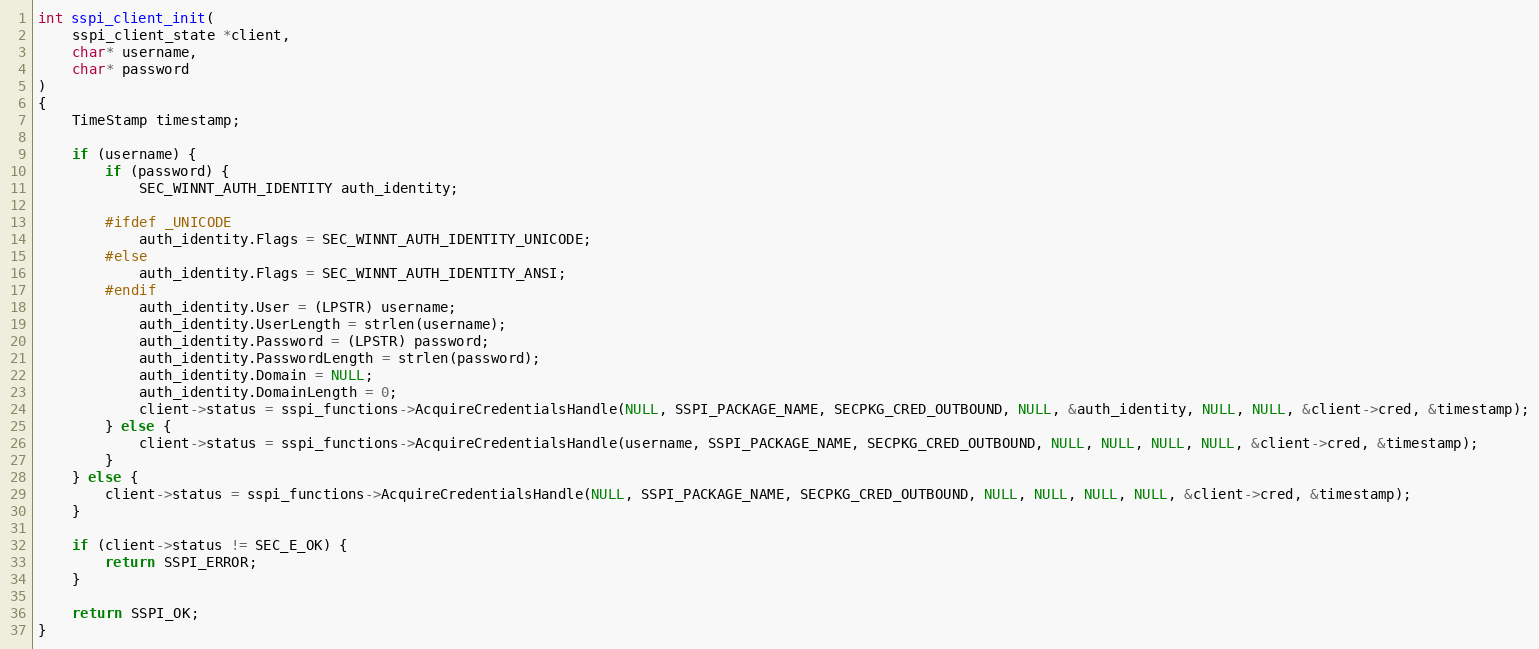
Language: C
int sspi_client_init(
    sspi_client_state *client,
    char* username,
    char* password
)
{
	TimeStamp timestamp;

    if (username) {
        if (password) {
            SEC_WINNT_AUTH_IDENTITY auth_identity;

        #ifdef _UNICODE
            auth_identity.Flags = SEC_WINNT_AUTH_IDENTITY_UNICODE;
        #else
            auth_identity.Flags = SEC_WINNT_AUTH_IDENTITY_ANSI;
        #endif
            auth_identity.User = (LPSTR) username;
            auth_identity.UserLength = strlen(username);
            auth_identity.Password = (LPSTR) password;
            auth_identity.PasswordLength = strlen(password);
            auth_identity.Domain = NULL;
            auth_identity.DomainLength = 0;
            client->status = sspi_functions->AcquireCredentialsHandle(NULL, SSPI_PACKAGE_NAME, SECPKG_CRED_OUTBOUND, NULL, &auth_identity, NULL, NULL, &client->cred, &timestamp);
        } else {
            client->status = sspi_functions->AcquireCredentialsHandle(username, SSPI_PACKAGE_NAME, SECPKG_CRED_OUTBOUND, NULL, NULL, NULL, NULL, &client->cred, &timestamp);
        }
    } else {
        client->status = sspi_functions->AcquireCredentialsHandle(NULL, SSPI_PACKAGE_NAME, SECPKG_CRED_OUTBOUND, NULL, NULL, NULL, NULL, &client->cred, &timestamp);
    }

    if (client->status != SEC_E_OK) {
        return SSPI_ERROR;
    }

    return SSPI_OK;
}